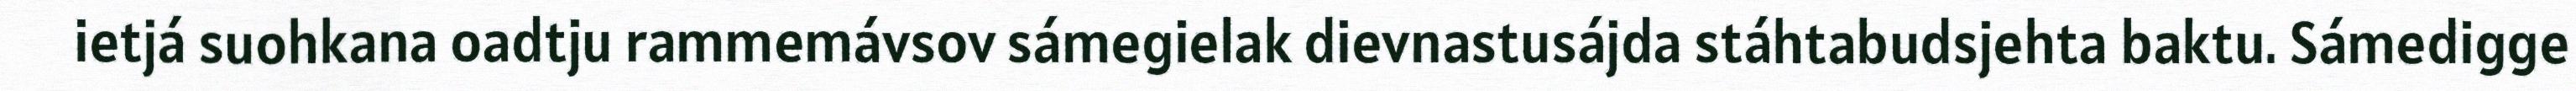
ietjá suohkana oadtju rammemávsov sámegielak dievnastusájda stáhtabudsjehta baktu. Sámedigge